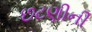
છટણીની